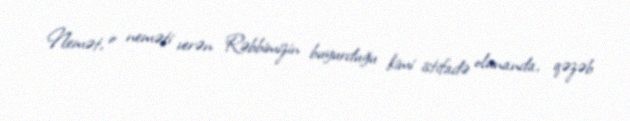
Nemət, o neməti verən Rəbbimizin buyurduğu kimi istifadə olunanda, qəzəb